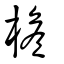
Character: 檐